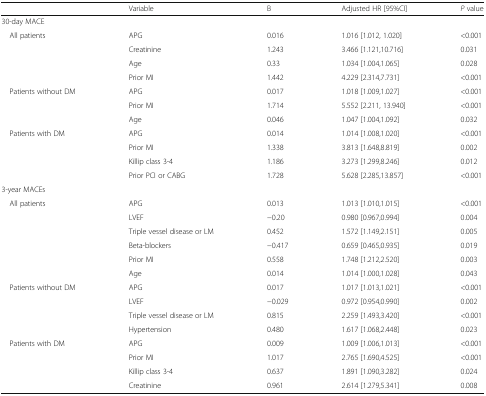
<table><thead><tr><td></td><td><b>Variable</b></td><td><b>B</b></td><td><b>Adjusted HR [95%CI]</b></td><td><b><i>P</i> value</b></td></tr></thead><tbody><tr><td colspan="5">30-day MACE</td></tr><tr><td rowspan="4"> All patients</td><td>APG</td><td>0.016</td><td>1.016 [1.012, 1.020]</td><td>&lt;0.001</td></tr><tr><td>Creatinine</td><td>1.243</td><td>3.466 [1.121,10.716]</td><td>0.031</td></tr><tr><td>Age</td><td>0.33</td><td>1.034 [1.004,1.065]</td><td>0.028</td></tr><tr><td>Prior MI</td><td>1.442</td><td>4.229 [2.314,7.731]</td><td>&lt;0.001</td></tr><tr><td rowspan="3"> Patients without DM</td><td>APG</td><td>0.017</td><td>1.018 [1.009,1.027]</td><td>&lt;0.001</td></tr><tr><td>Prior MI</td><td>1.714</td><td>5.552 [2.211, 13.940]</td><td>&lt;0.001</td></tr><tr><td>Age</td><td>0.046</td><td>1.047 [1.004,1.092]</td><td>0.032</td></tr><tr><td rowspan="4"> Patients with DM</td><td>APG</td><td>0.014</td><td>1.014 [1.008,1.020]</td><td>&lt;0.001</td></tr><tr><td>Prior MI</td><td>1.338</td><td>3.813 [1.648,8.819]</td><td>0.002</td></tr><tr><td>Killip class 3-4</td><td>1.186</td><td>3.273 [1.299,8.246]</td><td>0.012</td></tr><tr><td>Prior PCI or CABG</td><td>1.728</td><td>5.628 [2.285,13.857]</td><td>&lt;0.001</td></tr><tr><td colspan="5">3-year MACEs</td></tr><tr><td rowspan="6"> All patients</td><td>APG</td><td>0.013</td><td>1.013 [1.010,1.015]</td><td>&lt;0.001</td></tr><tr><td>LVEF</td><td>−0.20</td><td>0.980 [0.967,0.994]</td><td>0.004</td></tr><tr><td>Triple vessel disease or LM</td><td>0.452</td><td>1.572 [1.149,2.151]</td><td>0.005</td></tr><tr><td>Beta-blockers</td><td>−0.417</td><td>0.659 [0.465,0.935]</td><td>0.019</td></tr><tr><td>Prior MI</td><td>0.558</td><td>1.748 [1.212,2.520]</td><td>0.003</td></tr><tr><td>Age</td><td>0.014</td><td>1.014 [1.000,1.028]</td><td>0.043</td></tr><tr><td rowspan="4"> Patients without DM</td><td>APG</td><td>0.017</td><td>1.017 [1.013,1.021]</td><td>&lt;0.001</td></tr><tr><td>LVEF</td><td>−0.029</td><td>0.972 [0.954,0.990]</td><td>0.002</td></tr><tr><td>Triple vessel disease or LM</td><td>0.815</td><td>2.259 [1.493,3.420]</td><td>&lt;0.001</td></tr><tr><td>Hypertension</td><td>0.480</td><td>1.617 [1.068,2.448]</td><td>0.023</td></tr><tr><td rowspan="4"> Patients with DM</td><td>APG</td><td>0.009</td><td>1.009 [1.006,1.013]</td><td>&lt;0.001</td></tr><tr><td>Prior MI</td><td>1.017</td><td>2.765 [1.690,4.525]</td><td>&lt;0.001</td></tr><tr><td>Killip class 3-4</td><td>0.637</td><td>1.891 [1.090,3.282]</td><td>0.024</td></tr><tr><td>Creatinine</td><td>0.961</td><td>2.614 [1.279,5.341]</td><td>0.008</td></tr></tbody></table>